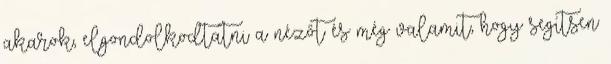
akarok, elgondolkodtatni a nézőt és még valamit, hogy segítsen